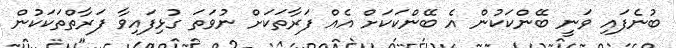
ބުނެފައި ވަނީ ބޭންކަކުން އެ ބޭންކަކަށް އެއް ފަރާތަކަށް ނުވަތަ ގުޅިފައިވާ ފަރާތްތަކަކުން